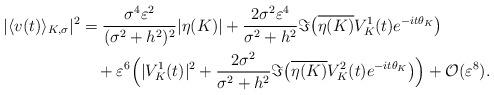
LaTeX: \begin{align*}|\langle v(t)\rangle_{K,\sigma}|^2&=\frac{\sigma^4\varepsilon^2}{(\sigma^2+h^2)^2}|\eta(K)|+\frac{2\sigma^2\varepsilon^4}{\sigma^2+h^2}\Im\big(\overline{\eta(K)}V_K^1(t)e^{-it\theta_K}\big)\\&\quad+\varepsilon^6\Big(|V_K^1(t)|^2+\frac{2\sigma^2}{\sigma^2+h^2}\Im\big(\overline{\eta(K)}V_K^2(t)e^{-it\theta_K}\big)\Big)+\mathcal{O}(\varepsilon^8).\end{align*}